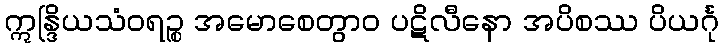
ဣန္ဒြိယသံဝရဉ္စ အမောစေတွာဝ ပဋိလီနော အပိစဿ ပိယင်္ဂု